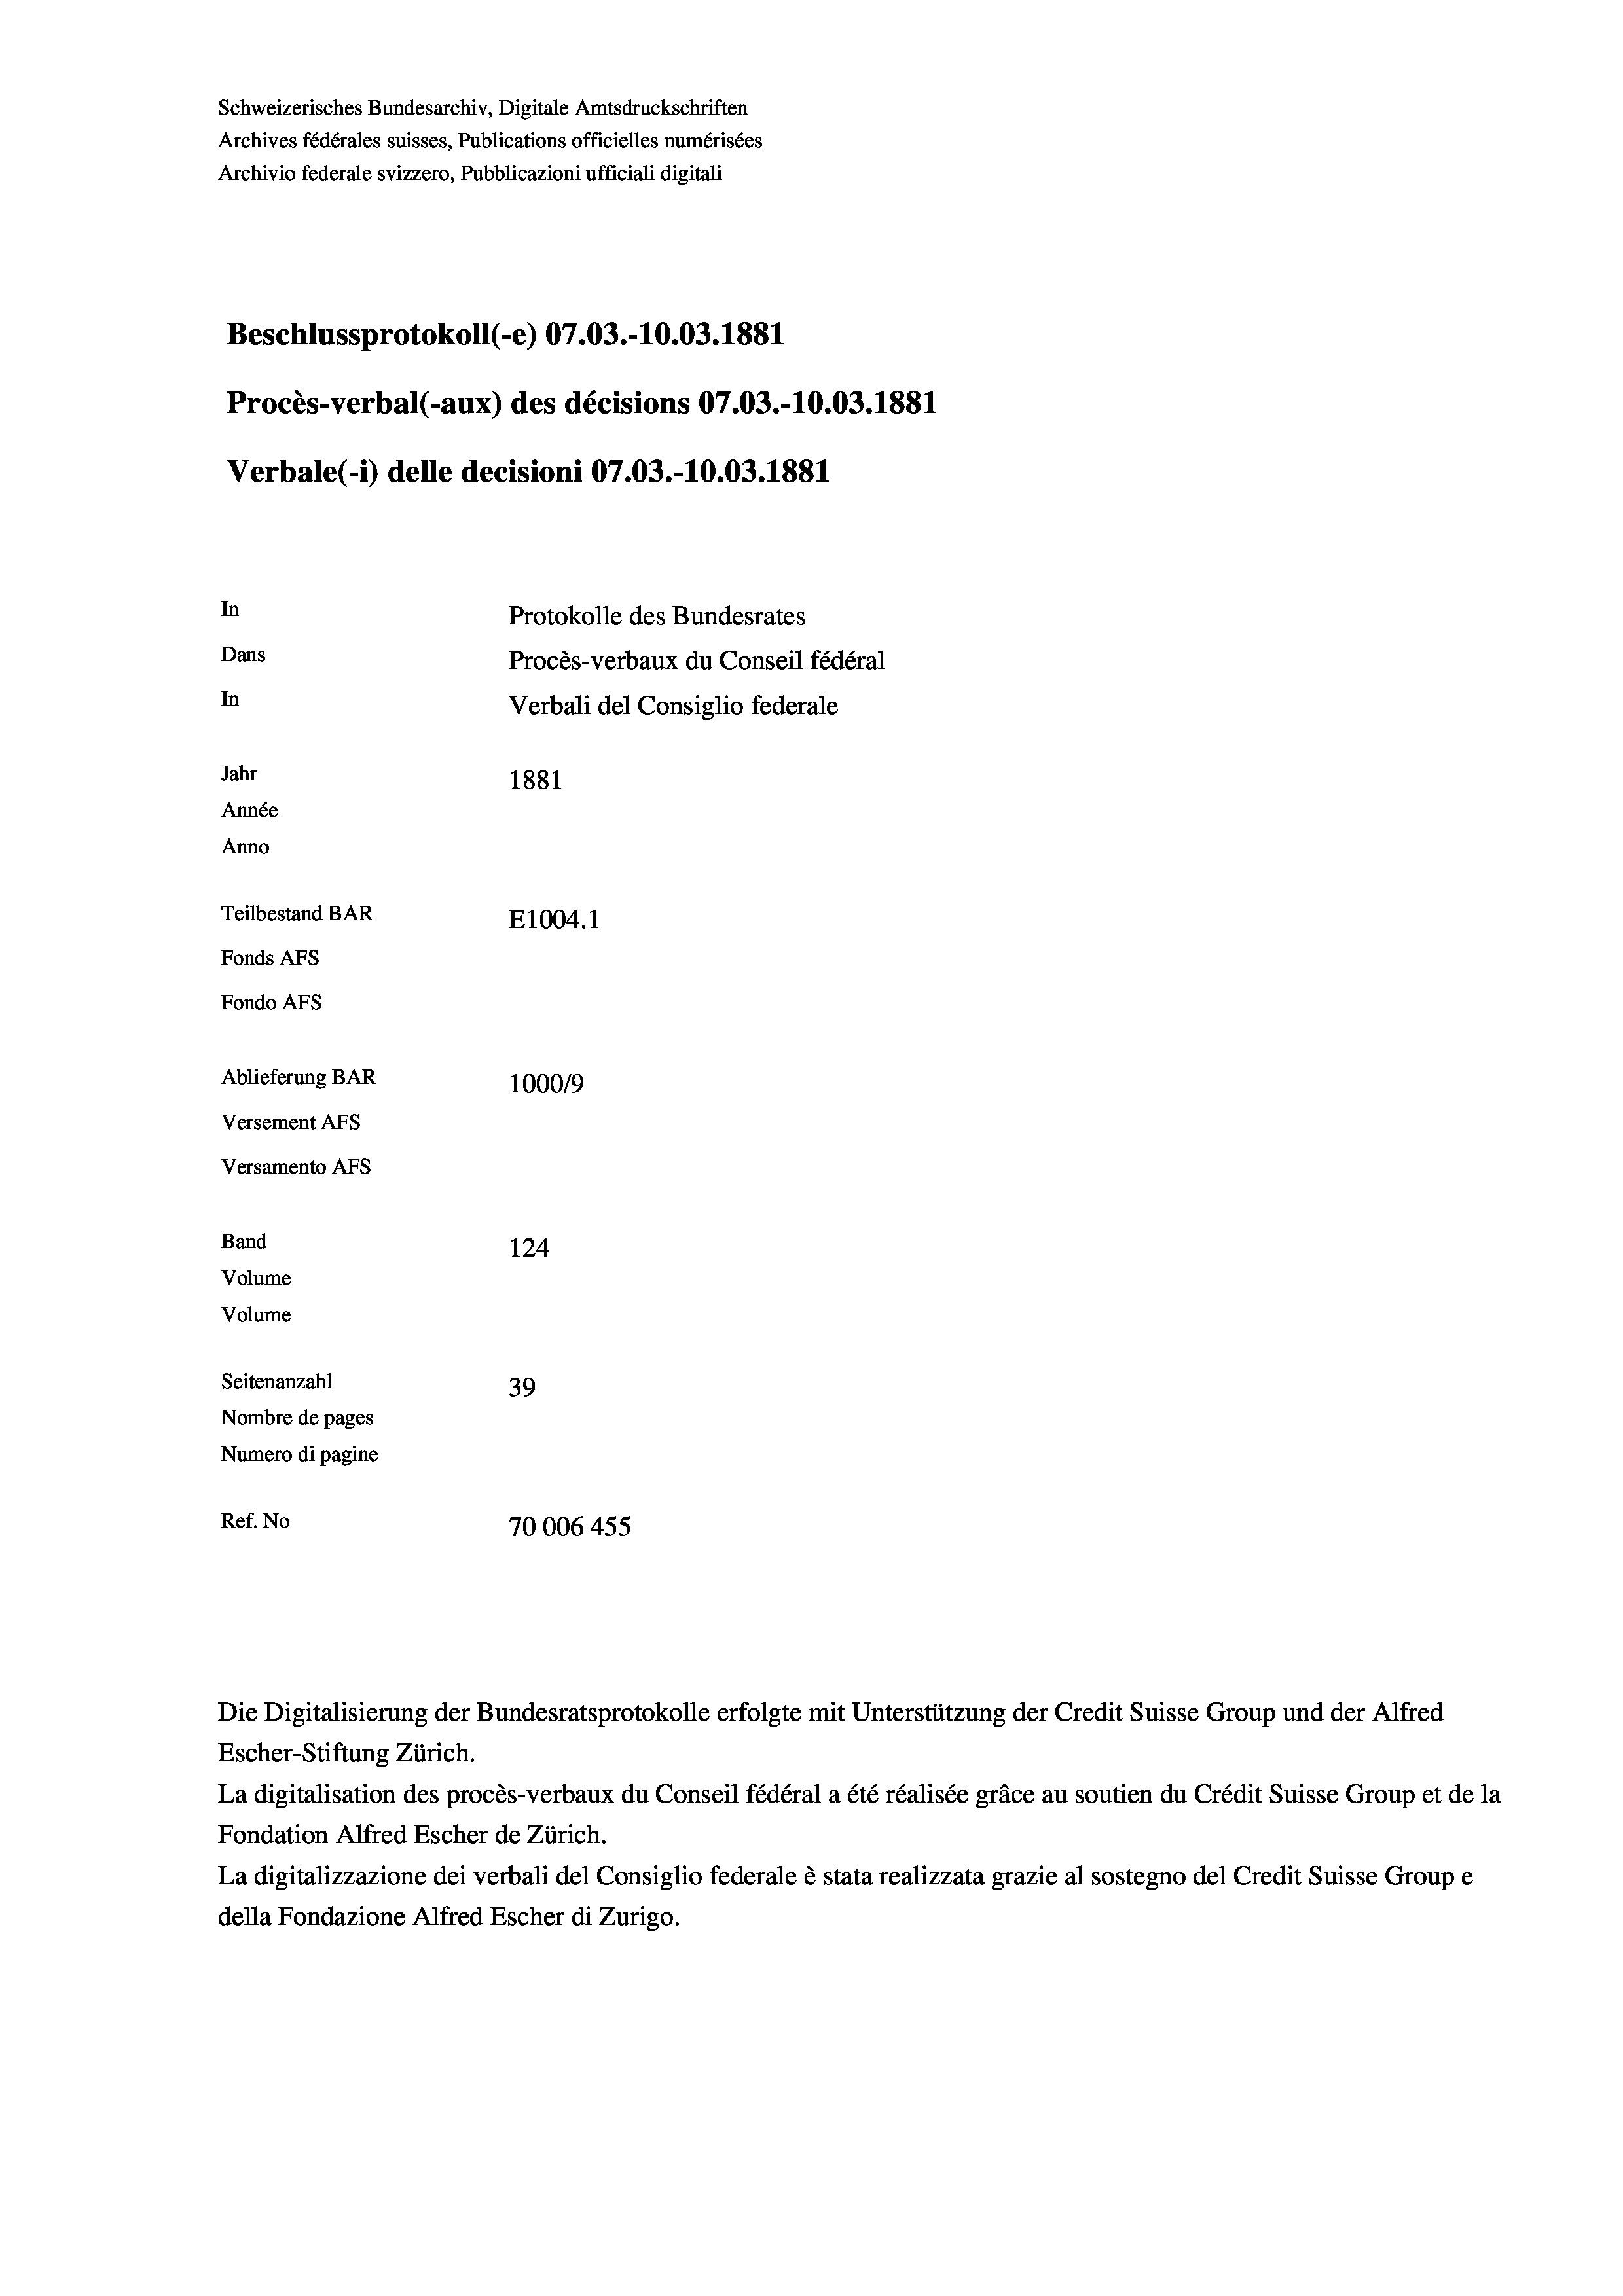
Schweizerisches Bundesarchiv, Digitale Amtsdruckschriften
Archives fédérales suisses, Publications officielles numérisées
Archivio federale svizzero, Pubblicazioni ufficiali digitali
Beschlussprotokoll (-e) 07.03.-10.03. 1881
Procès-verbal (-aux) des décisions 07.03.-10.03. 1881
Verbale (- 1) delle decisioni 07.03.-10.03. 1881
In
Protokolle des Bundesrates
Dans
Procès-verbaux du Conseil fédéral
In
Verbali del Consiglio federale
Jahr
1881
Année
Anno
Teilbestand BAR
E1004. 1
Fonds AFs
Fondo Afs
Ablieferung BAR
100019
Versement AFs
Versamento Afs
Band
124
Volume
Volume
Seitenanzahl
39
Nombre de pages
Numero di pagine
Ref. No
70006 455

La digitalisation des procès-verbaux du Conseil fédéral a été réalisée gräce au soutien du Crédit Suisse Group et de la
Fondation Alfred Escher de Zürich.
La digitalizzazione dei verbali del Consiglio federale è stata realizzata grazie al sostegno del Credit Suisse Groupe
della Fondazione Alfred Escher di Zurigo.

Die Digitalisierung der Bundesratsprotokolle erfolgte mit Unterstützung der Credit Suisse Group und der Alfred
Escher-Stiftung Zürich.